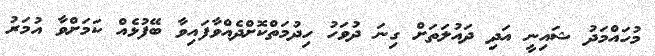
މުހައްމަދު ޝައިނީ އަދި ދައުލަތަށް ގިނަ ދުވަހު ހިދުމަތްކޮށްދެއްވާފައިވާ ބޭފުޅެއް ކަމަށްވާ އުމަރު